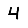
Digit: 4